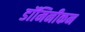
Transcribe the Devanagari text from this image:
डॉमिनीकन